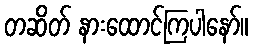
တဆိတ် နားထောင်ကြပါနော်။